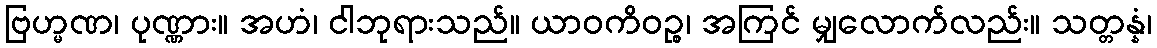
ဗြဟ္မဏ၊ ပုဏ္ဏား။ အဟံ၊ ငါဘုရားသည်။ ယာဝကိဝဉ္စ၊ အကြင် မျှလောက်လည်း။ သတ္တန္နံ၊